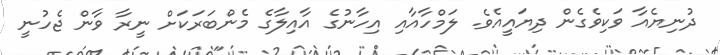
ދުނިޔެއާ ވަކިވެގެން ދިޔައީއެވެ. ލަމްހާއާއި އިހާނުގެ އާއިލާގެ މެންބަރަކަށް ނީރާ ވާން ޖެހުނީ